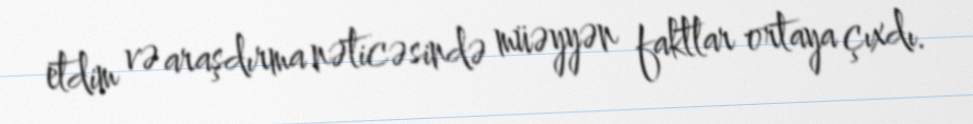
etdim və araşdırma nəticəsində müəyyən faktlar ortaya çıxdı.